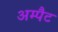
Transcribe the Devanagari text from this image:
अम्पैट